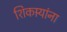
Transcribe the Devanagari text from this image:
शिकार्‍यांना